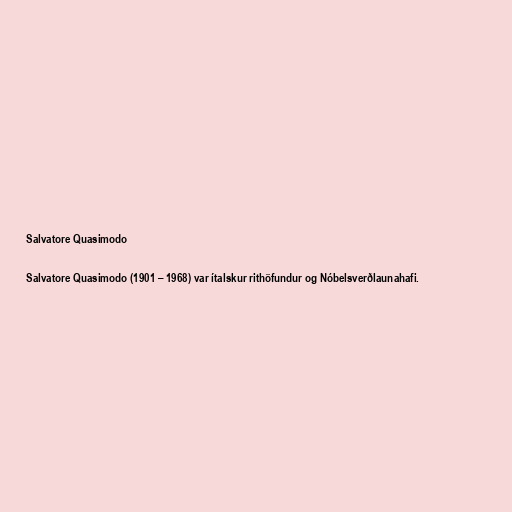
Salvatore Quasimodo

Salvatore Quasimodo (1901 – 1968) var ítalskur rithöfundur og Nóbelsverðlaunahafi.